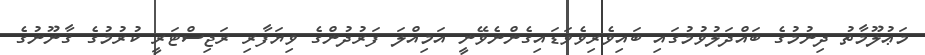
މަޢުލޫމާތު ދިނުމުގެ ބައްދަލުވުމުގައި ބައިވެރިވެވަޑައިގެންނެވޭނީ އަމިއްލަ ފަރުދުންގެ ވިޔަފާރި ރަޖިސްޓަރީ ކުރުމުގެ ޤާނޫނުގެ